Vaccination report Assam 1874-1896 - 1874-1896
Year: 1874
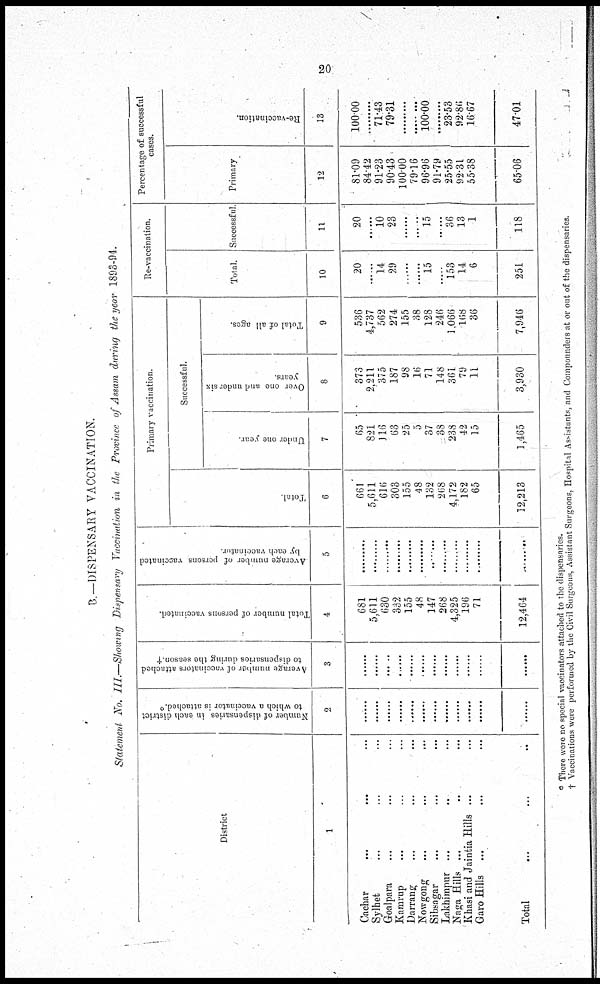
20
B.— DISPENSARY VACCINATION.
Statement No. III.—Showing Dispensary Vaccination in the Province of Assam during the year 1893-94.
District
1
Cachar
...
... ...
Sylhet ... ... ...
Goalpara ... ... ...
Kamrup ... ... ...
Darrang ... ... ...
Nowgong ... ... ...
Sibsagar ... ... ...
Lakhimpur ... ... ...
Naga Hills ... ... ...
Khasi and Jaintia Hills ... ...
Garo Hills ... ... ...
Total ... ... ...
Number of dispensaries in each district
to which a vaccinator is attached.*
2
......
......
......
......
......
......
......
......
......
......
......
Average number of vaccinators attached
to dispensaries during the season.†
3
......
......
......
......
......
......
......
......
......
......
......
Total number of persons vaccinated.
4
681
5,611
630
332
155
48
147
268
4,325
196
71
12,464
Average number of persons vaccinated
by each vaccinator.
5
.........
.........
.........
.........
.........
.........
.........
.........
.........
.........
.........
Primaly vaccination.
Total.
6
661
5,611
616
303
155
48
132
268
4,172
182
65
12,213
Successful.
Under one year.
7
65
821
116
63
25
5
37
38
238
42
15
1,465
Over one and undei six
years.
8
373
2,211
375
187
98
16
71
148
361
79
11
3,930
Total of all ages.
9
536
4,737
562
274
155
38
128
246
1,066
168
36
7,946
Re-vaccination.
Total.
10
20
......
14
29
......
......
15
......
153
14
6
251
Successful.
11
20
......
10
23
......
......
15
36
13
1
118
Percentage of successful
cases.
Primary
12
81.09
84.42
91.23
90.43
100.00
79.16
96.96
91.79
25.55
92.31
55.38
65.06
Re-vaccination.
13
100.00
.........
71.43
79.31
.........
.........
100.00
.........
23.53
92.86
16.67
47.01
* There were no special vaccinators attached to the dispensaries.
† Vaccinations were performed by the Civil Surgeons, Assistant Surgeons, Hospital Assistants, and Compounders at or out of the dispensaries.